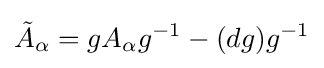
{\tilde {A}}_{\alpha }=gA_{\alpha }g^{-1}-(dg)g^{-1}